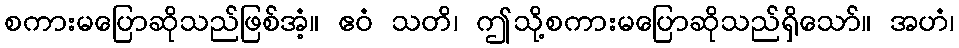
စကားမပြောဆိုသည်ဖြစ်အံ့။ ဧဝံ သတိ၊ ဤသို့စကားမပြောဆိုသည်ရှိသော်။ အဟံ၊